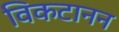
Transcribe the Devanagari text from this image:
विकटानन